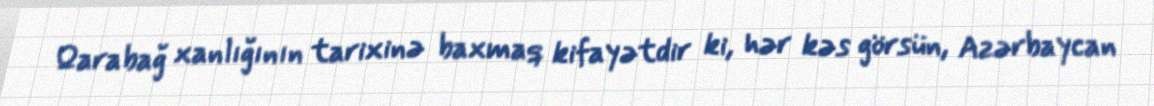
Qarabağ xanlığının tarixinə baxmaq kifayətdir ki, hər kəs görsün, Azərbaycan